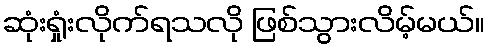
ဆုံးရှုံးလိုက်ရသလို ဖြစ်သွားလိမ့်မယ်။